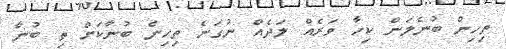
ތިހިން ބުނެލަން ކިހާ ވަރެއް ލަދެއް ނުގަނެ ތިހިން ބުނާކަށް ތި ބުނާ